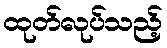
ထုတ်လုပ်သည့်